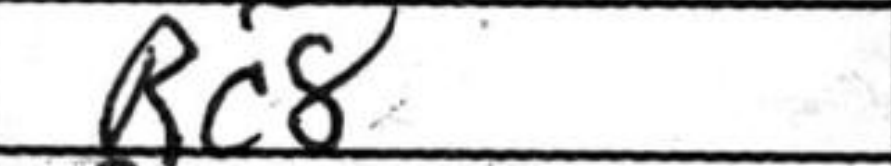
Transcription: Rc8